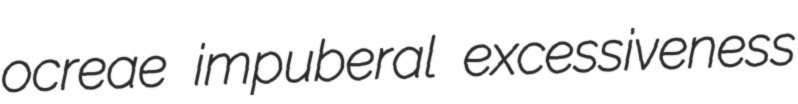
ocreae impuberal excessiveness